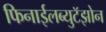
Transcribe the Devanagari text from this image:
फिनाईलब्युटॅझोन